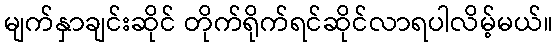
မျက်နှာချင်းဆိုင် တိုက်ရိုက်ရင်ဆိုင်လာရပါလိမ့်မယ်။